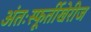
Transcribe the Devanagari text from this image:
अंतःस्फूर्तीखेरीज